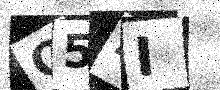
Text: Q54I